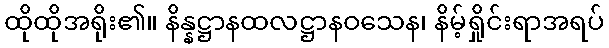
ထိုထိုအရိုး၏။ နိန္နဋ္ဌာနထလဋ္ဌာနဝသေန၊ နိမ့်ရှိုင်းရာအရပ်